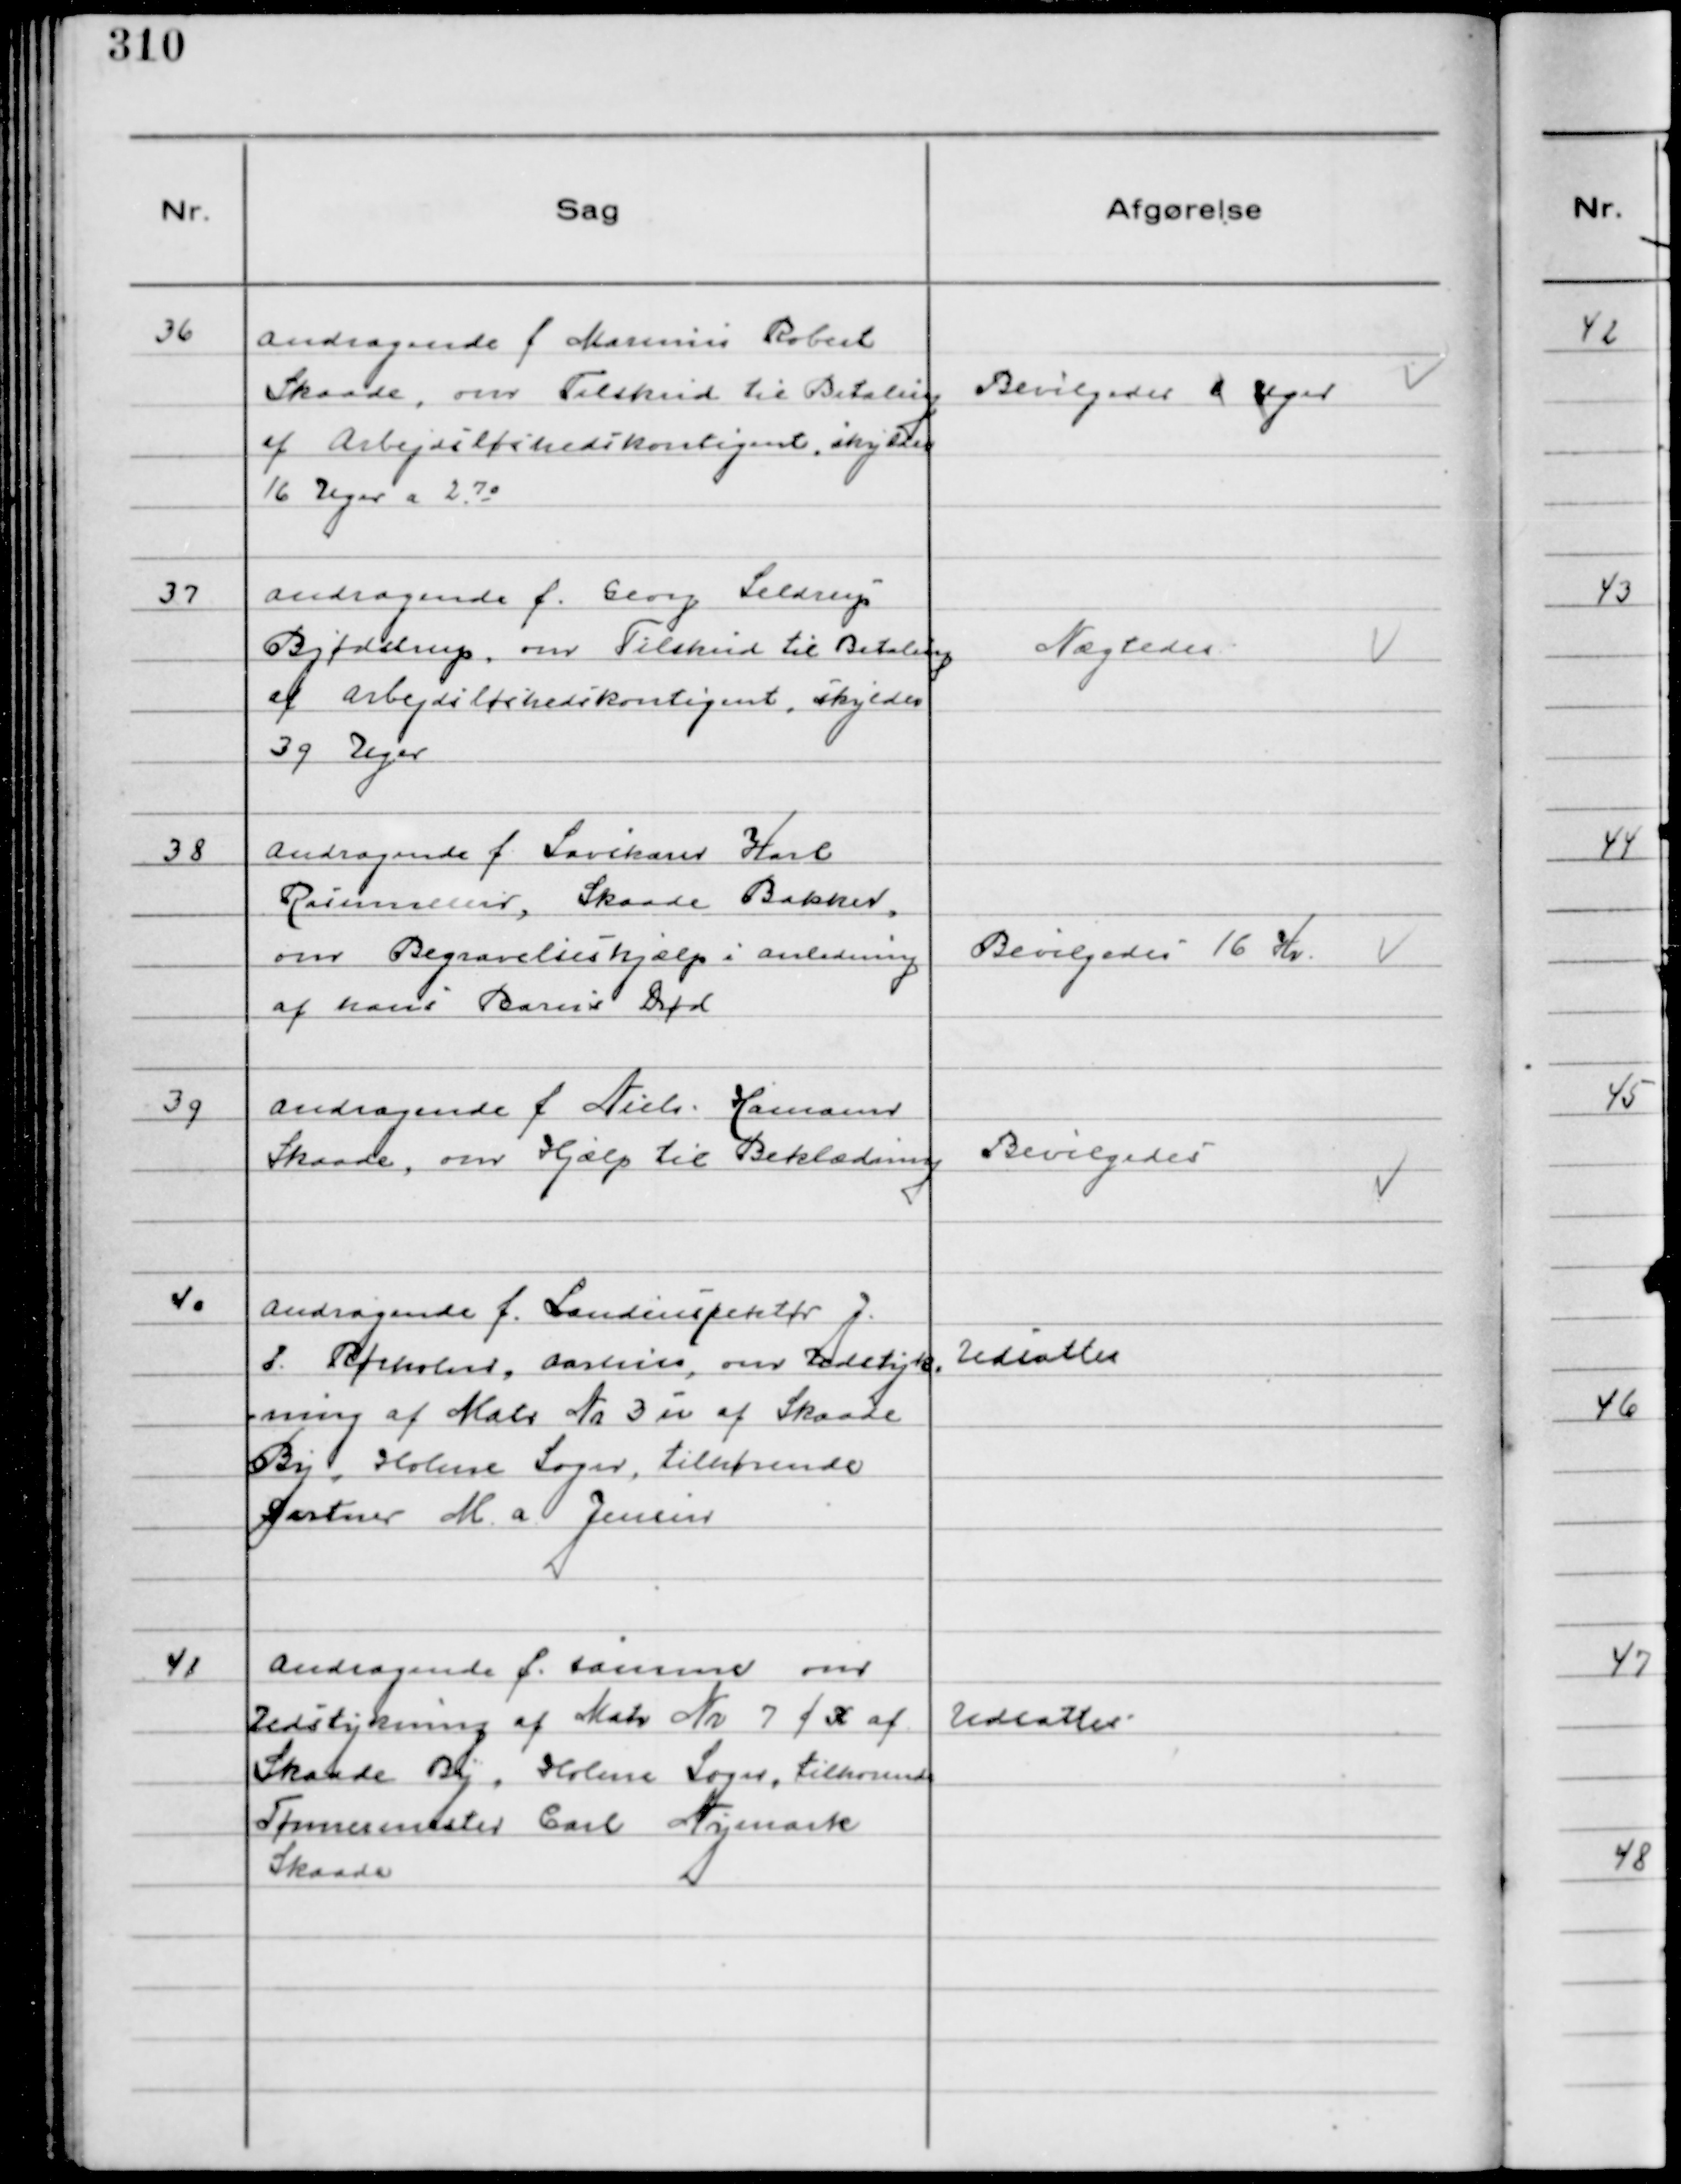
Transskription:
36
Andragende f Marinus Robert
Skaade, om Tilskud til Betaling
af Arbejdsløshedskontigent, skylder
16 Uger a 2. 70

Bevilgedes  Uger

37
Andragende f. Georg Seldrup
Bjødstrup, om Tilskud til Betaling
af Arbejdsløshedskontigent, skylder
39 Uger

Nægtedes

38
Andragende f Savskærer Karl
Rasmussen, Skaade Bakker,
om Begravelseshjælp i anledning
af hans Barns Død

Bevilgedes 16 Kr.

39
Andragende f Niels Hamann
Skaade, om Hjælp til Beklædning

Bevilgedes

40
Andragende f. Landinspektør J.
P. Rørholm, Aarhus, om Udstyk=
ning af Matr № 3 u af Skaade
By, Holme Sogn, tilhørende
Gartner M. A. Jensen

Udsattes

41
Andragende f. samme om
Udstykning af Matr № 7 f k af
Skaade By, Holme Sogn, tilhørende
Tømrermester Carl Nymark
Skaade

Udsattes